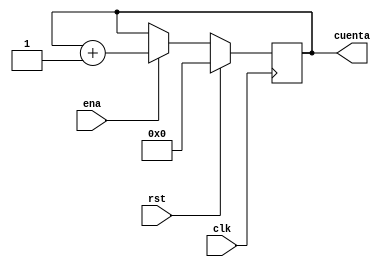
`timescale 1ns / 1ps

module contador6bits(clk,rst,ena,cuenta);//cuenta el numero de instruccion que esta ingresando a la memoria IM
input clk,rst,ena;// ena biene dela maquina de estados 
output wire [3:0]cuenta;
reg [3:0]temp;
always @(posedge clk)
	if(rst)
		temp=3'b0;
	else if(ena)
		temp=temp+1'b1;
	else 
		temp=temp;
assign cuenta=temp;//numero que ingresa a la IM

endmodule